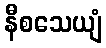
နီစသေယျံ